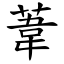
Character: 葦